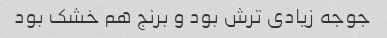
جوجه زیادی ترش بود و برنج هم خشک بود